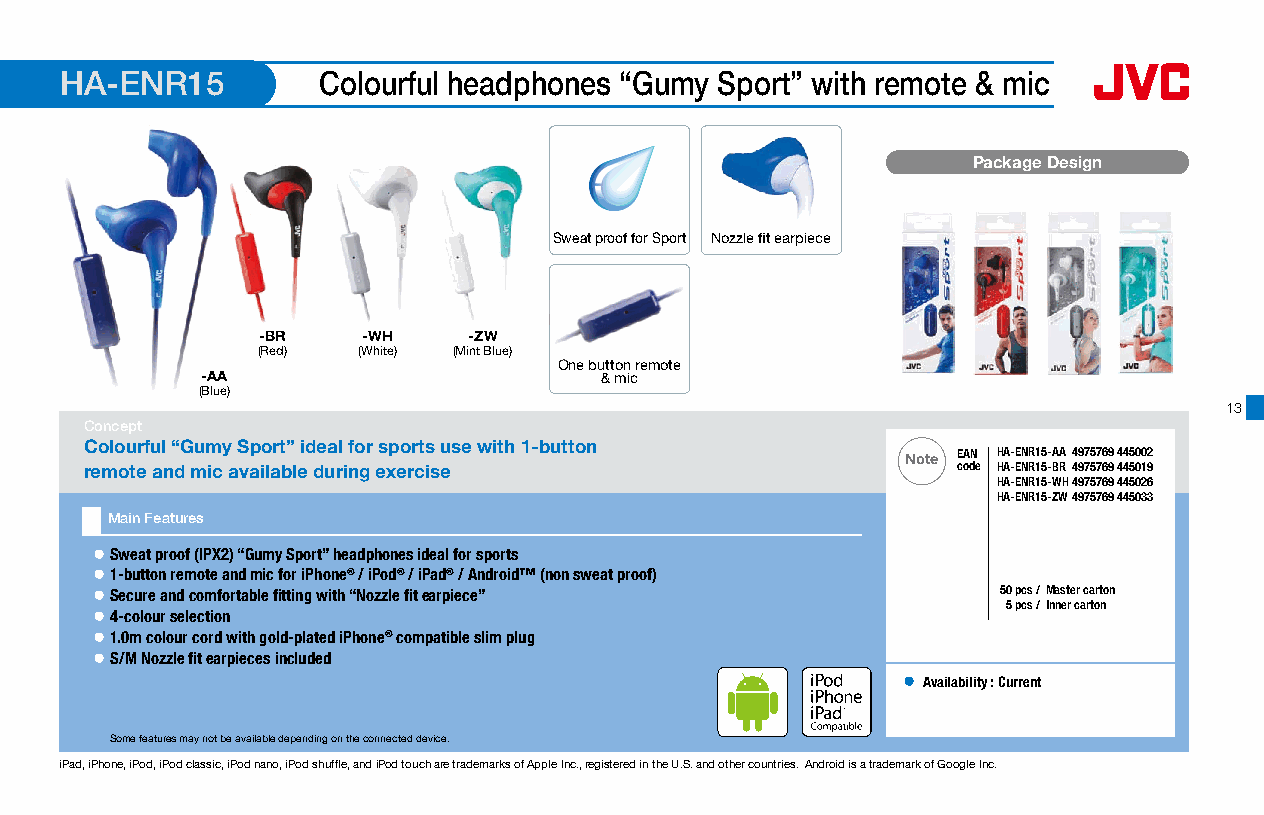
HA-ENR15         Colourful headphones “Gumy Sport” with remote & mic
 Package Design
 Sweat proof for Sport Nozzle fit earpiece
 -BR    -WH    -ZW
 (Red)  (White) (Mint Blue)
 One button remote
 -AA                        & mic
 (Blue)
 13
 Concept
 Colourful “Gumy Sport” ideal for sports use with 1-button
 Note EAN HA-ENR15-AA 4975769 445002
 remote and mic available during exercise                 code HA-ENR15-BR 4975769 445019
 HA-ENR15-WH 4975769 445026
 HA-ENR15-ZW 4975769 445033
 Main Features
 ● Sweat proof (IPX2) “Gumy Sport” headphones ideal for sports
 ● 1-button remote and mic for iPhone® / iPod® / iPad® / Android™ (non sweat proof)
 ● Secure and comfortable fitting with “Nozzle fit earpiece” 50 pcs /Master carton
 5 pcs /Inner carton
 ● 4-colour selection
 ● 1.0m colour cord with gold-plated iPhone® compatible slim plug
 ● S/M Nozzle fit earpieces included
 ● Availability : Current
 16 x 16mm
 Some features may not be available depending on the connected device.
 iPad, iPhone, iPod, iPod classic, iPod nano, iPod shuffle, and iPod touch are trademarks of Apple Inc., registered in the U.S. and other countries. Android is a trademark of Google Inc.